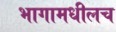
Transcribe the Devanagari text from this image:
भागामधीलच